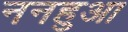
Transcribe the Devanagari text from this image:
ननहुआ